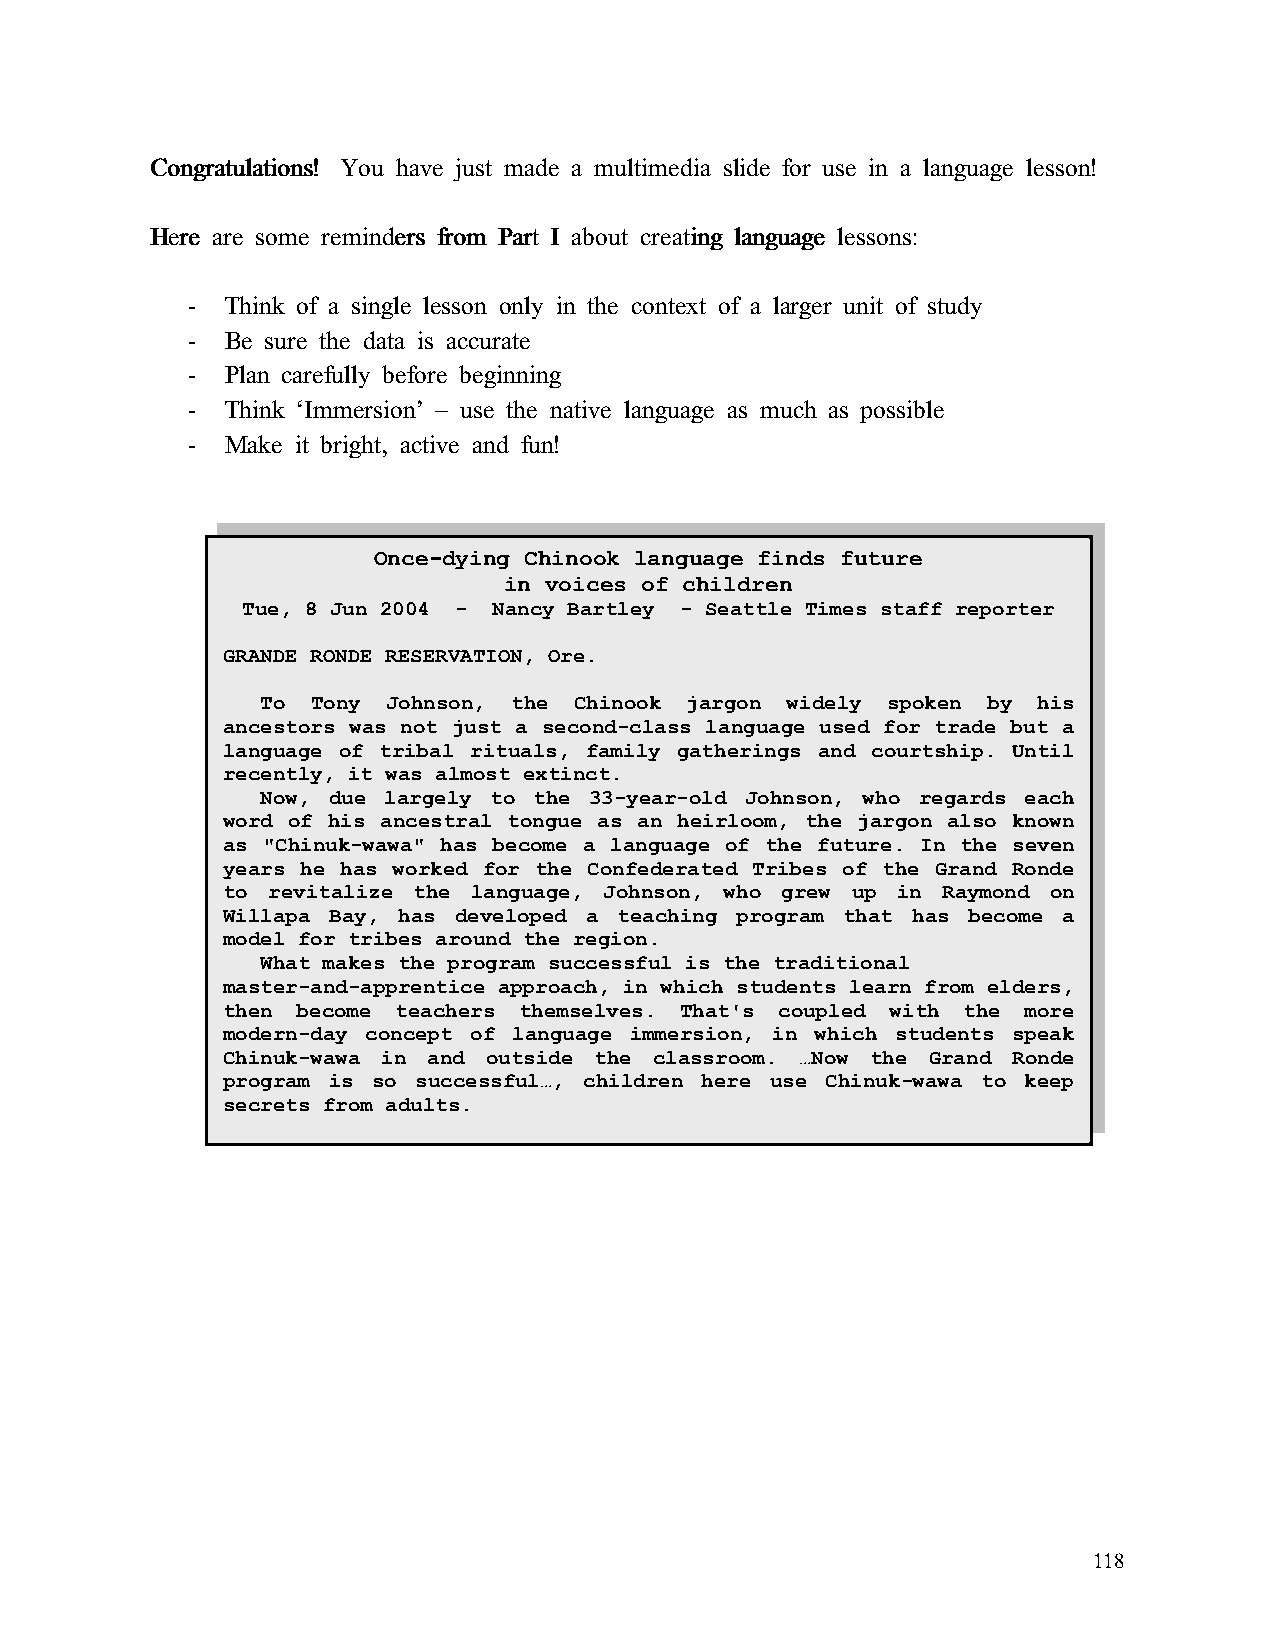
CCCCoooonnnnggggrrrraaaattttuuuullllaaaattttiiiioooonnnnssss!!!! You have just made a multimedia slide for use in a language lesson!
 HHHHeeeerrrreeee aaaarrrreeee ssssoooommmmeeee rrrreeeemmmmiiiinnnnddddeeeerrrrssss ffffrrrroooommmm PPPPaaaarrrrtttt IIII aaaabbbboooouuuutttt ccccrrrreeeeaaaattttiiiinnnngggg llllaaaannnngggguuuuaaaaggggeeee lllleeeessssssssoooonnnnssss::::
 -  Think of a single lesson only in the context of a larger unit of study
 -  Be sure the data is accurate
 -  Plan carefully before beginning
 -  Think ‘Immersion’ – use the native language as much as possible
 -  Make it bright, active and fun!
 Once-dying Chinook language finds future
 in voices of children
 Tue, 8 Jun 2004 - Nancy Bartley - Seattle Times staff reporter
 GRANDE RONDE RESERVATION, Ore.
 To  Tony Johnson, the Chinook jargon widely spoken by his
 ancestors was not just a second-class language used for trade but a
 language of tribal rituals, family gatherings and courtship. Until
 recently, it was almost extinct.
 Now, due largely to the 33-year-old Johnson, who regards each
 word of his ancestral tongue as an heirloom, the jargon also known
 as "Chinuk-wawa" has become a language of the future. In the seven
 years he has worked for the Confederated Tribes of the Grand Ronde
 to revitalize the language, Johnson, who grew up in Raymond on
 Willapa Bay, has developed a teaching program that has become a
 model for tribes around the region.
 What makes the program successful is the traditional
 master-and-apprentice approach, in which students learn from elders,
 then become teachers themselves. That's coupled with the more
 modern-day concept of language immersion, in which students speak
 Chinuk-wawa in and outside the classroom. …Now the Grand Ronde
 program is so successful…, children here use Chinuk-wawa to keep
 secrets from adults.
 118